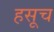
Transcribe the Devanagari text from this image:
हसूच